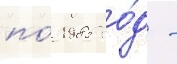
по́ 1985 го́д -